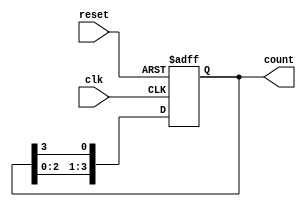
module ring_counter #(
    parameter N = 4  // Number of flip-flops
)(
    input wire clk,    // Clock signal
    input wire reset,  // Asynchronous reset signal
    output reg [N-1:0] count // Output state of the ring counter
);

    // Initial state of the ring counter
    initial begin
        count = 1; // Start with the first flip-flop set to '1'
    end

    always @(posedge clk or posedge reset) begin
        if (reset) begin
            count <= 1; // Reset to initial state
        end else begin
            // Shift the '1' to the right
            count <= {count[N-2:0], count[N-1]}; // Move the last bit to the first position
        end
    end

endmodule